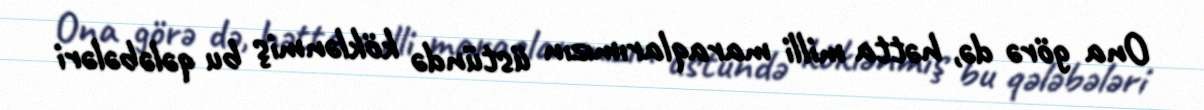
Ona görə də, hətta milli maraqlarımızın üstündə köklənmiş bu qələbələri